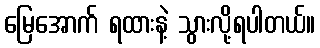
မြေအောက် ရထားနဲ့ သွားလို့ရပါတယ်။